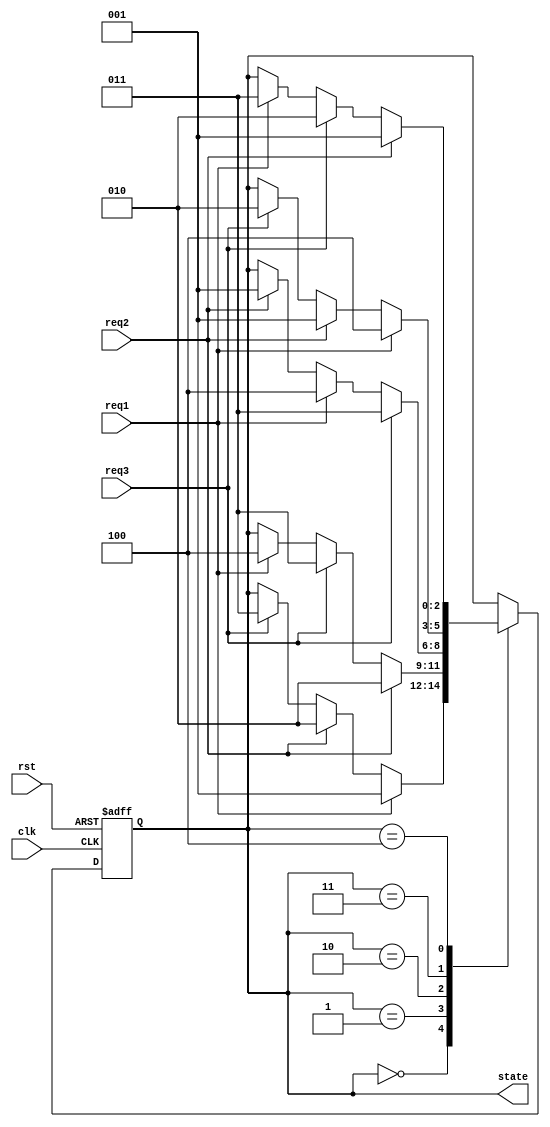
module priority_state_machine(
    input wire clk,
    input wire rst,
    input wire req1,
    input wire req2,
    input wire req3,
    output reg[2:0] state
);

// Define state encoding
parameter state_A = 3'b000;
parameter state_B = 3'b001;
parameter state_C = 3'b010;
parameter state_D = 3'b011;
parameter state_E = 3'b100;

// Define state transitions
always @(posedge clk or posedge rst) begin
    if (rst)
        state <= state_A;
    else begin
        case (state)
            state_A: begin
                if (req1)
                    state <= state_B;
                else if (req2)
                    state <= state_C;
                else if (req3)
                    state <= state_D;
            end
            state_B: begin
                if (req2)
                    state <= state_C;
                else if (req3)
                    state <= state_D;
                else if (req1)
                    state <= state_E;
            end
            state_C: begin
                if (req3)
                    state <= state_D;
                else if (req1)
                    state <= state_E;
                else if (req2)
                    state <= state_B;
            end
            state_D: begin
                if (req1)
                    state <= state_E;
                else if (req2)
                    state <= state_B;
                else if (req3)
                    state <= state_C;
            end
            state_E: begin
                if (req2)
                    state <= state_B;
                else if (req3)
                    state <= state_C;
                else if (req1)
                    state <= state_D;
            end
        endcase
    end
end

endmodule